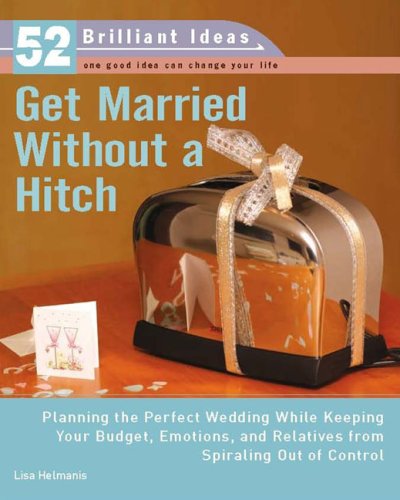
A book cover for Get Married Without a Hitch (52 Brilliant Ideas): Planning the Perfect Wedding While Keeping Your Budget, Emotions,and Relatives From Spiraling Out of Control; Lisa Helmanis; Crafts, Hobbies & Home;